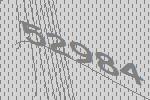
52984